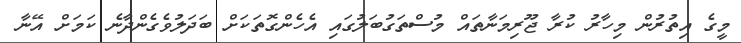
މީގެ އިތުރުން މިހާރު ކުރާ ޖޫރިމަނާތައް މުސްތަގުބަލުގައި އެހެންގޮތަކަށް ބަދަލުވެގެންދާނެ ކަމަށް އޭނާ